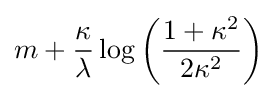
m+{\frac {\kappa }{\lambda }}\log \left({\frac {1+\kappa ^{2}}{2\kappa ^{2}}}\right)